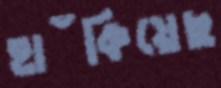
হাঁকিয়েছ